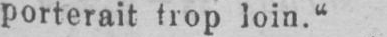
porterait trop loin.“